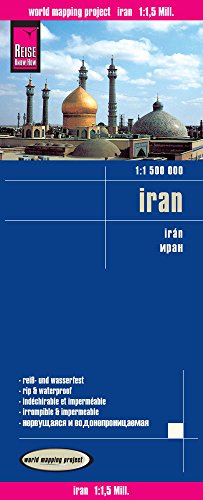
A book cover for Iran; Reise Know-How Verlag; Travel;